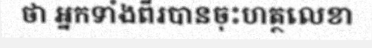
ថា អ្នកទាំងពីរបានចុះហត្ថលេខា